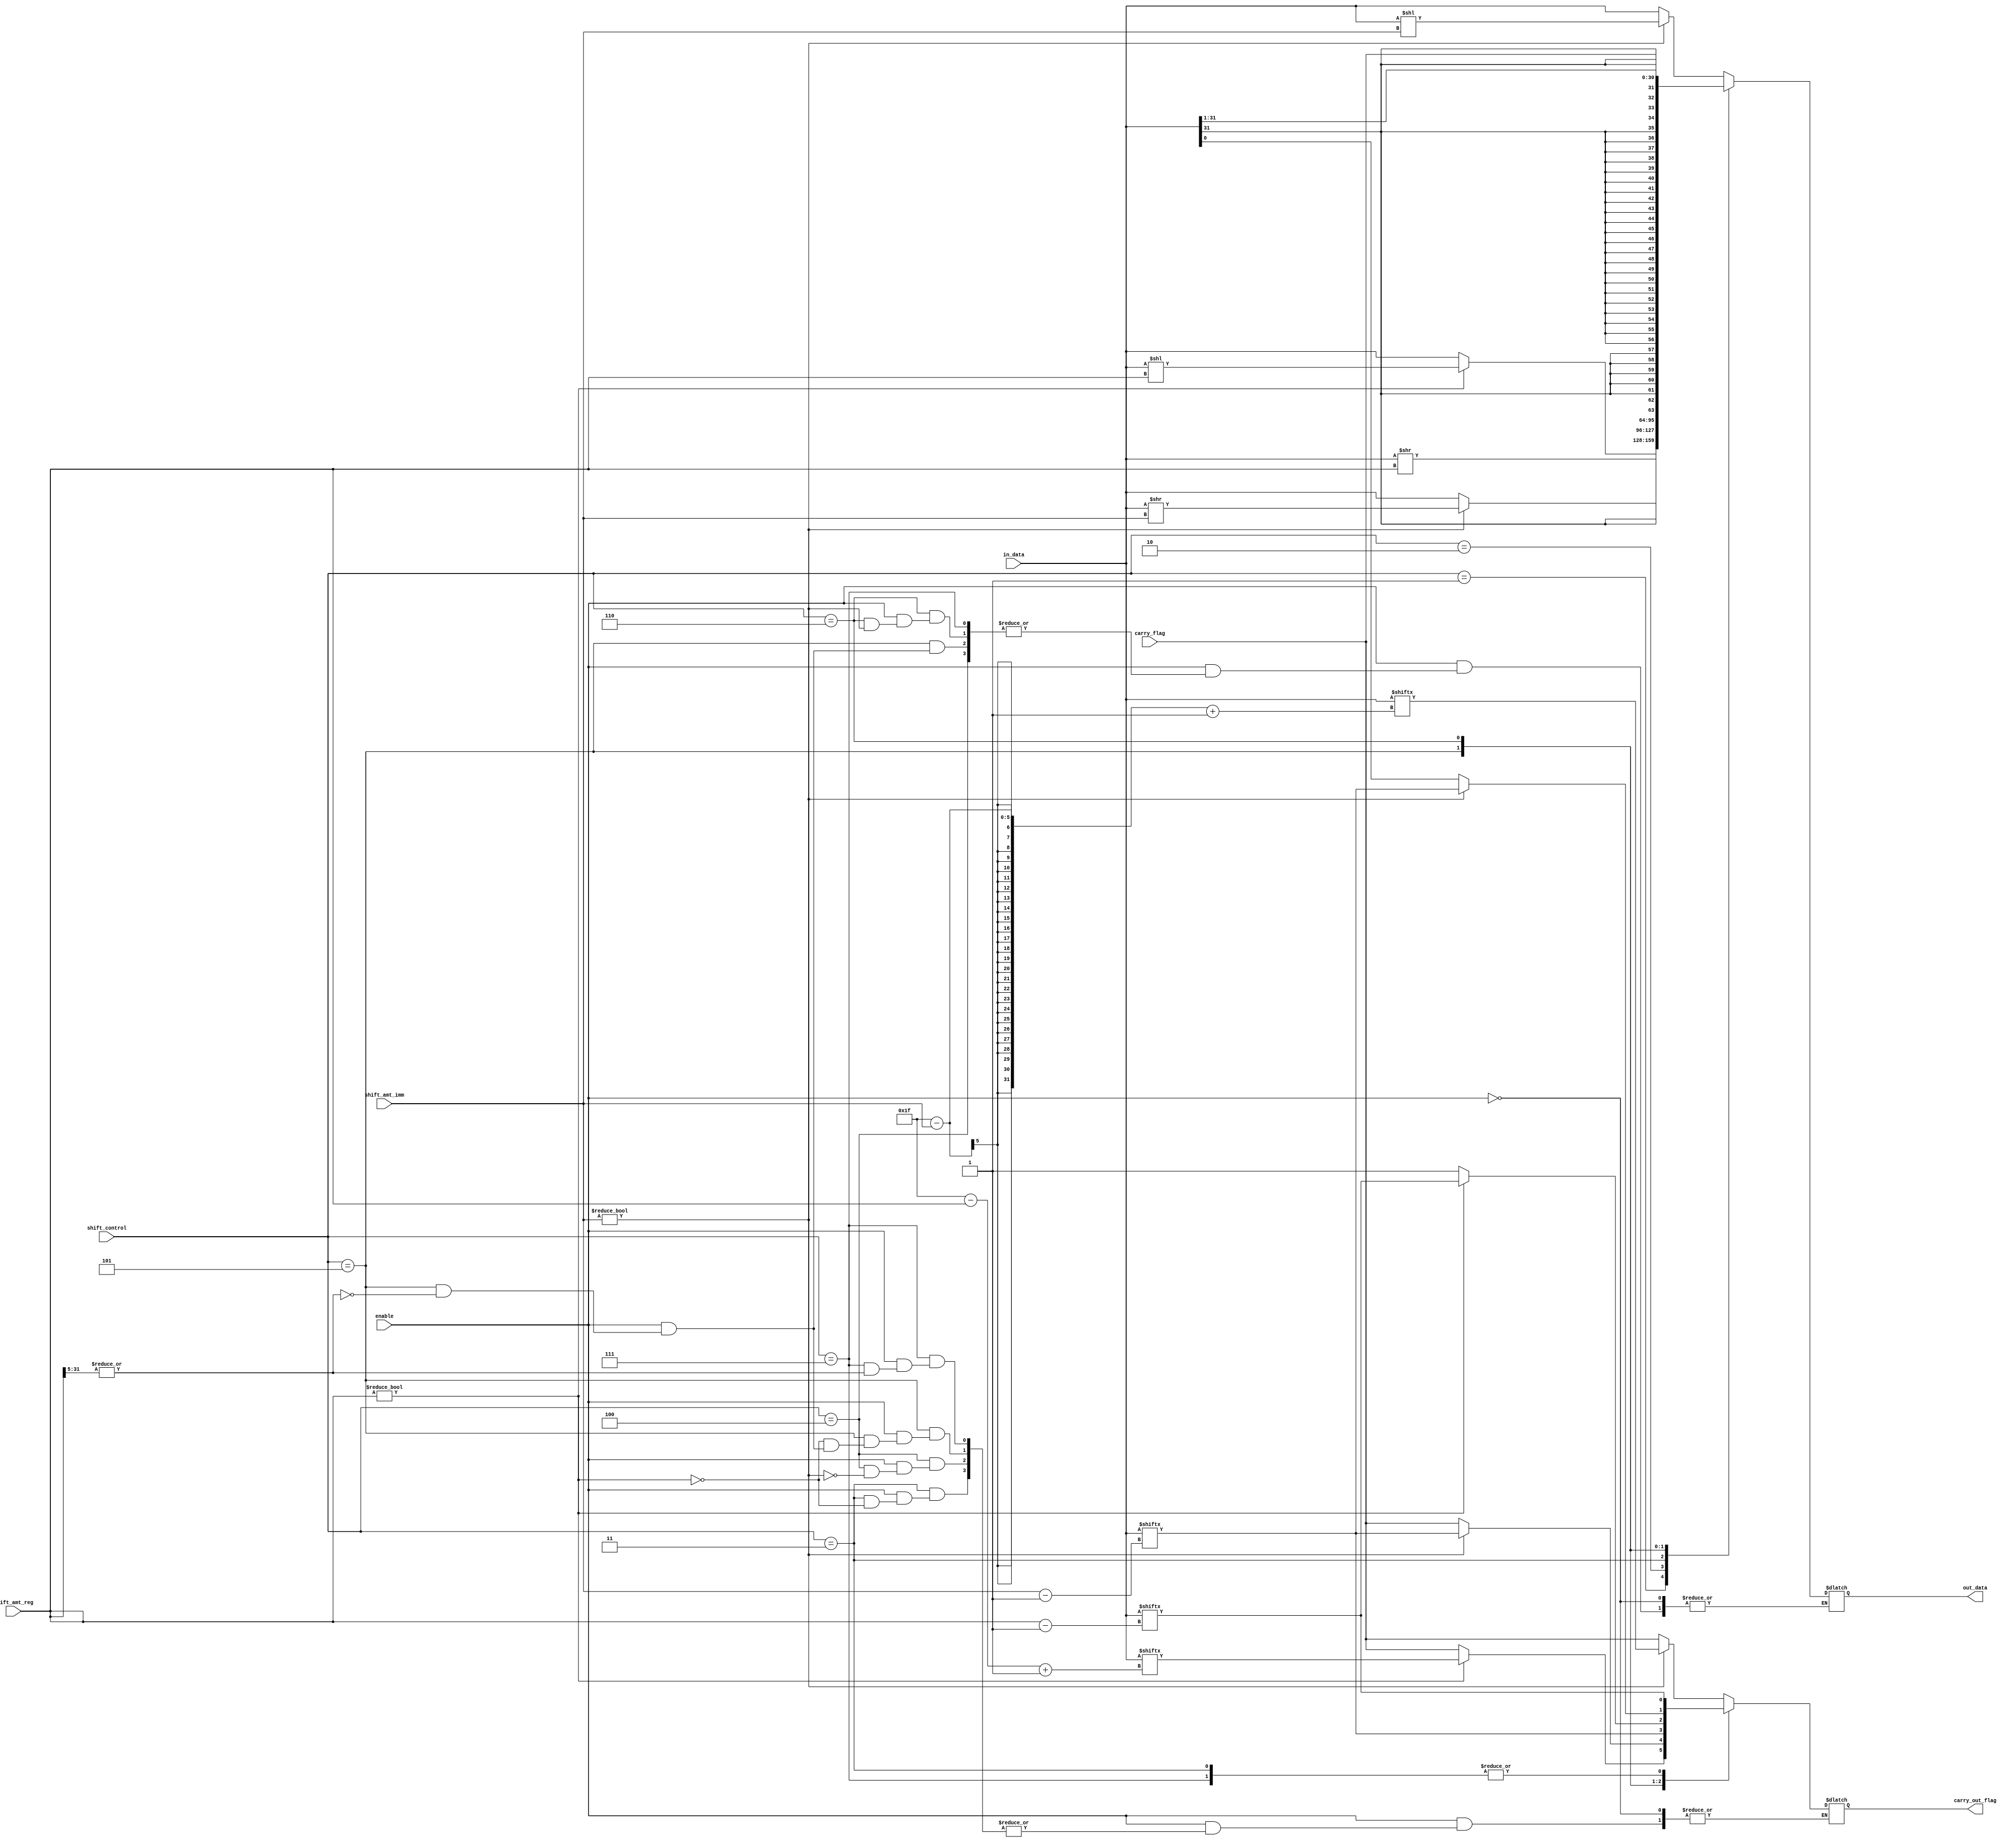
module shifter_rotater(in_data,shift_amt_reg,shift_control,shift_amt_imm,enable,carry_flag,out_data,carry_out_flag);
  input [31:0] in_data,shift_amt_reg;
  input [2:0] shift_control;
  input [4:0] shift_amt_imm;
  input enable,carry_flag;
  output [31:0] out_data;
  output carry_out_flag;
  
  wire [31:0] in_data,shift_amt_reg;
  wire [2:0] shift_control;
  wire [4:0] shift_amt_imm;
  wire enable,carry_flag;
  reg sign_bit;
  reg [31:0] out_data;
  reg carry_out_flag;

  always@(enable)
  begin
    if(enable)
    begin
    case(shift_control)
      3'b000 :begin
              if(shift_amt_imm!=0)
                begin
                  carry_out_flag=in_data[31-shift_amt_imm+1];
                  out_data=in_data<<shift_amt_imm;
                end
              else
                begin
                  carry_out_flag=carry_flag;
                  out_data=in_data;
                end
              end
      3'b001 :begin
              if(shift_amt_reg!=0)
                begin
                  carry_out_flag=in_data[31-shift_amt_reg+1];
                  out_data=in_data<<shift_amt_reg;
                end
              else
                begin
                  carry_out_flag=carry_flag;
                  out_data=in_data;
                end
              end
      3'b010 :begin
              if(shift_amt_imm!=0)
                begin
                  carry_out_flag=in_data[shift_amt_imm-1];
                  out_data=in_data>>shift_amt_imm;
                end
              else
                begin
                  carry_out_flag=carry_flag;
                  out_data=in_data;
                end
              end
      3'b011 :begin
              out_data=in_data>>shift_amt_reg;
              if(shift_amt_reg!=0)
                  carry_out_flag=in_data[shift_amt_reg-1];
              else
                  carry_out_flag=carry_out_flag;
              end
      3'b100 :begin
              sign_bit=in_data[31];
             // out_data={sign_bit[shift_amt_imm-1:0],in_data[31:shift_amt_imm]};
              if(shift_amt_imm)
                  carry_out_flag=in_data[shift_amt_imm-1];
              else
                  carry_out_flag=carry_out_flag;
              end
      3'b101 :begin
              if(|shift_amt_reg[31:5])
                begin
                out_data={32{in_data[31]}}; 
                carry_out_flag=1; 
                end              
              else
                sign_bit=in_data[31];
             //   out_data={sign_bit[shift_amt_reg-1:0],in_data[31:shift_amt_reg]};
                if(shift_amt_reg!=0)
                  carry_out_flag=in_data[shift_amt_reg-1];
                else
                  carry_out_flag=carry_out_flag;
              end
      3'b110 :begin
              if(shift_amt_imm!=0)
                begin
             //     out_data={in_data[shift_amt_imm-1:0],in_data[31:shift_amt_imm]};
                  carry_out_flag=in_data[shift_amt_imm-1];
                end
              else
                begin
                  carry_out_flag=in_data[0];
                  out_data={carry_flag,in_data[31:1]};
                end
              end
      3'b111 :begin
              if(~|shift_amt_reg[31:5])
                begin
             //     out_data={in_data[shift_amt_reg-1:0],in_data[31:shift_amt_reg]};
                  carry_out_flag=in_data[shift_amt_reg-1];            
                end
              end
      endcase
    end
    else
      out_data=out_data;
    end  //end always block
endmodule